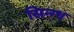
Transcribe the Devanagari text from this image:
सिन्ग्ध